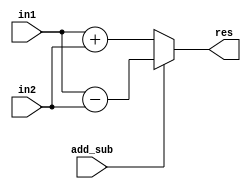
`timescale 1ns / 1ps


module Approx_adder
    #(parameter W=26, parameter LowL=16) (
        input wire add_sub,
        input wire [W-1:0] in1,
        input wire [W-1:0] in2,
       output wire [W:0] res
    );

  wire  [W-1:0] in2_signed;
  wire  [LowL-1:0] lower_res;
 wire approx_cout;

`ifdef ACAIN16Q4
 assign in2_signed = (add_sub) ? ~in2 : in2;
   ACA_I_N16_Q4 ApproxAdd (.in1(in1[LowL-1:0]), .in2(in2_signed[LowL-1:0]), .res({approx_cout,lower_res}));

  always @* begin : ADD_SUB_SGF
      res = {(in1[W-1:LowL] + in2_signed[W-1:LowL] + approx_cout),lower_res};
  end
`elsif ETAIIN16Q4

  assign in2_signed = (add_sub) ? ~in2 : in2;

  ETAII_N16_Q4 ApproxAdd (.in1(in1[LowL-1:0]), .in2(in2_signed[LowL-1:0]), .res({approx_cout,lower_res}));

  always @* begin : ADD_SUB_SGF
      res = {(in1[W-1:LowL] + in2_signed[W-1:LowL] + approx_cout),lower_res};
  end
`elsif ETAIIN16Q8

  assign in2_signed = (add_sub) ? ~in2 : in2;

  ETAII_N16_Q8 ApproxAdd (.in1(in1[LowL-1:0]), .in2(in2_signed[LowL-1:0]), .res({approx_cout,lower_res}));

  always @* begin : ADD_SUB_SGF
      res = {(in1[W-1:LowL] + in2_signed[W-1:LowL] + approx_cout),lower_res};
  end
`elsif ACAIIN16Q4

  assign in2_signed = (add_sub) ? ~in2 : in2;

  ACA_II_N16_Q4 ApproxAdd (.in1(in1[LowL-1:0]), .in2(in2_signed[LowL-1:0]), .res({approx_cout,lower_res}));

  always @* begin : ADD_SUB_SGF
      res = {(in1[W-1:LowL] + in2_signed[W-1:LowL] + approx_cout),lower_res};
  end
`elsif ACAIIN16Q8

  assign in2_signed = (add_sub) ? ~in2 : in2;

  ACA_II_N16_Q8 ApproxAdd (.in1(in1[LowL-1:0]), .in2(in2_signed[LowL-1:0]), .res({approx_cout,lower_res}));

  always @* begin : ADD_SUB_SGF
      res = {(in1[W-1:LowL] + in2_signed[W-1:LowL] + approx_cout),lower_res};
  end
`elsif GDAN16M4P4

  assign in2_signed = (add_sub) ? ~in2 : in2;

  GDA_St_N16_M4_P4 ApproxAdd (.in1(in1[LowL-1:0]), .in2(in2_signed[LowL-1:0]), .res({approx_cout,lower_res}));

  always @* begin : ADD_SUB_SGF
      res = {(in1[W-1:LowL] + in2_signed[W-1:LowL] + approx_cout),lower_res};
  end
`elsif GDAN16M4P8

  assign in2_signed = (add_sub) ? ~in2 : in2;

  GDA_St_N16_M4_P8 ApproxAdd (.in1(in1[LowL-1:0]), .in2(in2_signed[LowL-1:0]), .res({approx_cout,lower_res}));

  always @* begin : ADD_SUB_SGF
      res = {(in1[W-1:LowL] + in2_signed[W-1:LowL] + approx_cout),lower_res};
  end
`elsif GeArN16R2P4


  assign in2_signed = (add_sub) ? ~in2 : in2;

  GeAr_N16_R2_P4 ApproxAdd (.in1(in1[LowL-1:0]), .in2(in2_signed[LowL-1:0]), .res({approx_cout,lower_res}));

  always @* begin : ADD_SUB_SGF
      res = {(in1[W-1:LowL] + in2_signed[W-1:LowL] + approx_cout),lower_res};
  end
`elsif GeArN16R4P4


  assign in2_signed = (add_sub) ? ~in2 : in2;

  GeAr_N16_R4_P4 ApproxAdd (.in1(in1[LowL-1:0]), .in2(in2_signed[LowL-1:0]), .res({approx_cout,lower_res}));

  always @* begin : ADD_SUB_SGF
      res = {(in1[W-1:LowL] + in2_signed[W-1:LowL] + approx_cout),lower_res};
  end
`elsif GeArN16R4P8

  assign in2_signed = (add_sub) ? ~in2 : in2;

  GeAr_N16_R4_P8 ApproxAdd (.in1(in1[LowL-1:0]), .in2(in2_signed[LowL-1:0]), .res({approx_cout,lower_res}));

  always @* begin : ADD_SUB_SGF
      res = {(in1[W-1:LowL] + in2_signed[W-1:LowL] + approx_cout),lower_res};
  end
`elsif LOALPL4

  assign in2_signed = (add_sub) ? ~in2 : in2;

    LOA #(.LPL(4), .W(16)) ApproxAdd (.in1(in1[LowL-1:0]), .in2(in2_signed[LowL-1:0]), .res({approx_cout,lower_res}));

  always @* begin : ADD_SUB_SGF
      res = {(in1[W-1:LowL] + in2_signed[W-1:LowL] + approx_cout),lower_res};
  end
`elsif LOALPL5

  assign in2_signed = (add_sub) ? ~in2 : in2;

    LOA #(.LPL(5), .W(16)) ApproxAdd (.in1(in1[LowL-1:0]), .in2(in2_signed[LowL-1:0]), .res({approx_cout,lower_res}));

  always @* begin : ADD_SUB_SGF
      res = {(in1[W-1:LowL] + in2_signed[W-1:LowL] + approx_cout),lower_res};
  end
`elsif LOALPL6
  assign in2_signed = (add_sub) ? ~in2 : in2;

    LOA #(.LPL(6), .W(16)) ApproxAdd (.in1(in1[LowL-1:0]), .in2(in2_signed[LowL-1:0]), .res({approx_cout,lower_res}));

  always @* begin : ADD_SUB_SGF
      res = {(in1[W-1:LowL] + in2_signed[W-1:LowL] + approx_cout),lower_res};
  end
`elsif LOALPL7
  assign in2_signed = (add_sub) ? ~in2 : in2;

    LOA #(.LPL(7), .W(16)) ApproxAdd (.in1(in1[LowL-1:0]), .in2(in2_signed[LowL-1:0]), .res({approx_cout,lower_res}));

  always @* begin : ADD_SUB_SGF
      res = {(in1[W-1:LowL] + in2_signed[W-1:LowL] + approx_cout),lower_res};
  end
`elsif LOALPL8

  assign in2_signed = (add_sub) ? ~in2 : in2;

    LOA #(.LPL(8), .W(16)) ApproxAdd (.in1(in1[LowL-1:0]), .in2(in2_signed[LowL-1:0]), .res({approx_cout,lower_res}));

  always @* begin : ADD_SUB_SGF
      res = {(in1[W-1:LowL] + in2_signed[W-1:LowL] + approx_cout),lower_res};
  end
`elsif LOALPL9

  assign in2_signed = (add_sub) ? ~in2 : in2;

    LOA #(.LPL(9), .W(16)) ApproxAdd (.in1(in1[LowL-1:0]), .in2(in2_signed[LowL-1:0]), .res({approx_cout,lower_res}));

  always @* begin : ADD_SUB_SGF
      res = {(in1[W-1:LowL] + in2_signed[W-1:LowL] + approx_cout),lower_res};
  end
`elsif LOALPL10

  assign in2_signed = (add_sub) ? ~in2 : in2;

    LOA #(.LPL(10), .W(16)) ApproxAdd (.in1(in1[LowL-1:0]), .in2(in2_signed[LowL-1:0]), .res({approx_cout,lower_res}));

  always @* begin : ADD_SUB_SGF
      res = {(in1[W-1:LowL] + in2_signed[W-1:LowL] + approx_cout),lower_res};
  end
`elsif LOALPL11

  assign in2_signed = (add_sub) ? ~in2 : in2;

    LOA #(.LPL(11), .W(16)) ApproxAdd (.in1(in1[LowL-1:0]), .in2(in2_signed[LowL-1:0]), .res({approx_cout,lower_res}));

  always @* begin : ADD_SUB_SGF
      res = {(in1[W-1:LowL] + in2_signed[W-1:LowL] + approx_cout),lower_res};
  end
`elsif LOALPL12

  assign in2_signed = (add_sub) ? ~in2 : in2;

    LOA #(.LPL(12), .W(16)) ApproxAdd (.in1(in1[LowL-1:0]), .in2(in2_signed[LowL-1:0]), .res({approx_cout,lower_res}));

  always @* begin : ADD_SUB_SGF
      res = {(in1[W-1:LowL] + in2_signed[W-1:LowL] + approx_cout),lower_res};
  end
`elsif LOALPL13

  assign in2_signed = (add_sub) ? ~in2 : in2;

    LOA #(.LPL(13), .W(16)) ApproxAdd (.in1(in1[LowL-1:0]), .in2(in2_signed[LowL-1:0]), .res({approx_cout,lower_res}));

  always @* begin : ADD_SUB_SGF
      res = {(in1[W-1:LowL] + in2_signed[W-1:LowL] + approx_cout),lower_res};
  end
`elsif GeArN16R6P4

  assign in2_signed = (add_sub) ? ~in2 : in2;

  GeAr_N16_R6_P4 ApproxAdd (.in1(in1[LowL-1:0]), .in2(in2_signed[LowL-1:0]), .res({approx_cout,lower_res}));

  always @* begin : ADD_SUB_SGF
      res = {(in1[W-1:LowL] + in2_signed[W-1:LowL] + approx_cout),lower_res};
  end
`else
       assign   res = (add_sub) ? (in1 - in2) : (in1 + in2);
`endif

endmodule